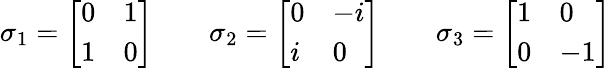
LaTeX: \sigma_{1}={\left[\begin{array}{ll}{0}&{1}\\ {1}&{0}\end{array}\right]}\quad\quad\sigma_{2}={\left[\begin{array}{ll}{0}&{-i}\\ {i}&{0}\end{array}\right]}\quad\quad\sigma_{3}={\left[\begin{array}{ll}{1}&{0}\\ {0}&{-1}\end{array}\right]}